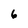
Character: 6